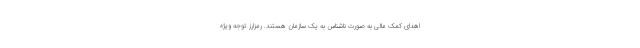
اهدای کمک مالی به صورت ناشناس به یک سازمان هستند. رمزارز توجه ویژه